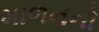
માળનનો